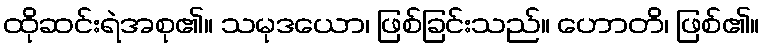
ထိုဆင်းရဲအစု၏။ သမုဒယော၊ ဖြစ်ခြင်းသည်။ ဟောတိ၊ ဖြစ်၏။